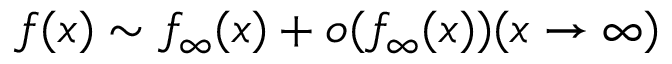
f ( x ) \sim f _ { \infty } ( x ) + o ( f _ { \infty } ( x ) ) ( x \rightarrow \infty )